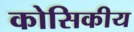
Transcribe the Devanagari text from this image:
कोसिकीय